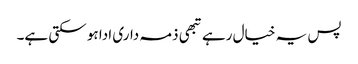
پس یہ خیال رہے تبھی ذمہ داری ادا ہو سکتی ہے۔